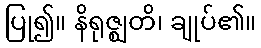
ပြု၍။ နိရုဇ္ဈတိ၊ ချုပ်၏။